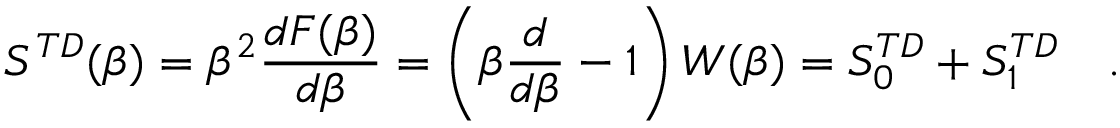
S ^ { T D } ( \beta ) = \beta ^ { 2 } { \frac { d F ( \beta ) } { d \beta } } = \left( \beta { \frac { d } { d \beta } } - 1 \right) W ( \beta ) = S _ { 0 } ^ { T D } + S _ { 1 } ^ { T D } ~ ~ ~ .